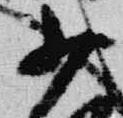
少